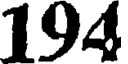
194